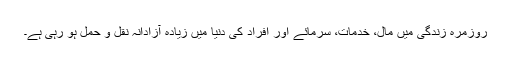
روزمرّہ زندگی میں مال، خدمات، سرمائے اور افراد کی دنیا میں زیادہ آزادانہ نقل و حمل ہو رہی ہے۔